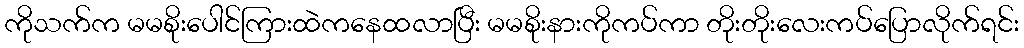
ကိုသက်က မမစိုးပေါင်ကြားထဲကနေထလာပြီး မမစိုးနားကိုကပ်ကာ တိုးတိုးလေးကပ်ပြောလိုက်ရင်း